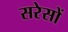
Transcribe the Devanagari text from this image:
सरेसों